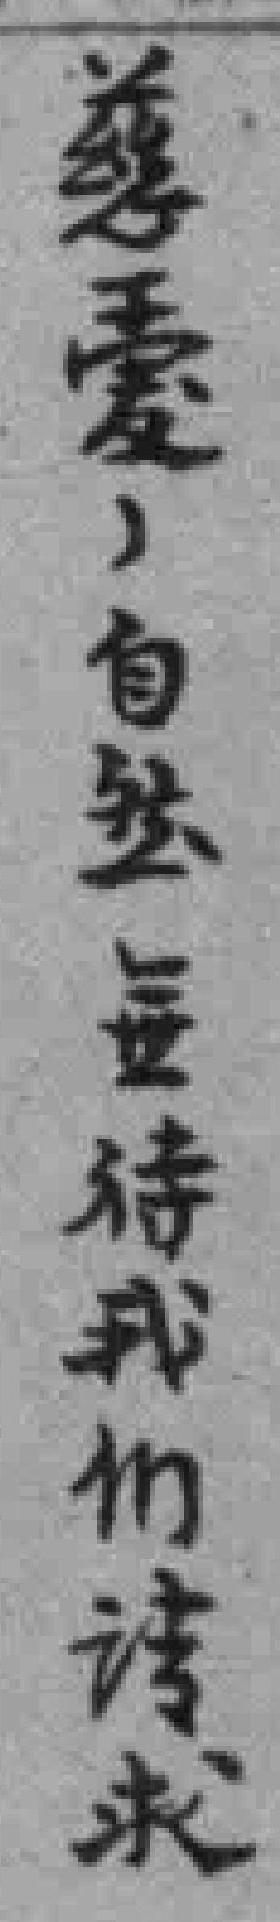
慈愛，自然無待我们请求